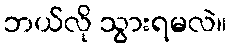
ဘယ်လို သွားရမလဲ။